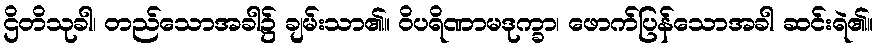
ဌိတိသုခါ၊ တည်သောအခါ၌ ချမ်းသာ၏။ ဝိပရိဏာမဒုက္ခာ၊ ဖောက်ပြန်သောအခါ ဆင်းရဲ၏။